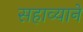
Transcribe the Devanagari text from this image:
सहाव्याने